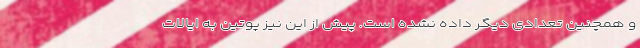
و همچنین تعدادی دیگر داده نشده است. پیش از این نیز پوتین به ایالات